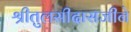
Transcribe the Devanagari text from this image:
श्रीतुलसीदासजीने